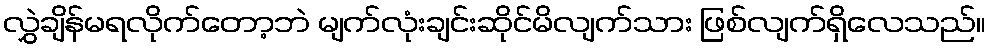
လွှဲချိန်မရလိုက်တော့ဘဲ မျက်လုံးချင်းဆိုင်မိလျက်သား ဖြစ်လျက်ရှိလေသည်။